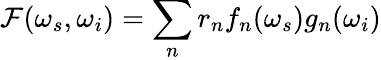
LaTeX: \mathcal{F}(\omega_{s},\omega_{i})=\sum_{n}r_{n}f_{n}(\omega_{s})g_{n}(\omega_{i})